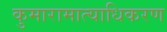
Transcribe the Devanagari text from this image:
कुमारामात्याधिकरण